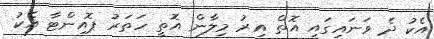
އެކު ދެ ވަނައިގައި އޮތް އިރު މިލާން އޮތީ ހަތަރު ޕޮއިންޓާ އެކު